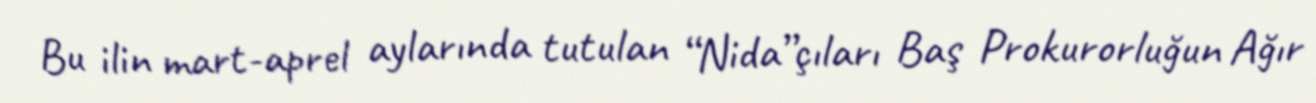
Bu ilin mart-aprel aylarında tutulan “Nida”çıları Baş Prokurorluğun Ağır